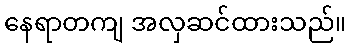
နေရာတကျ အလှဆင်ထားသည်။